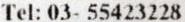
TEL: 03- 55423228